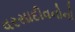
વરસાદીવનોનો